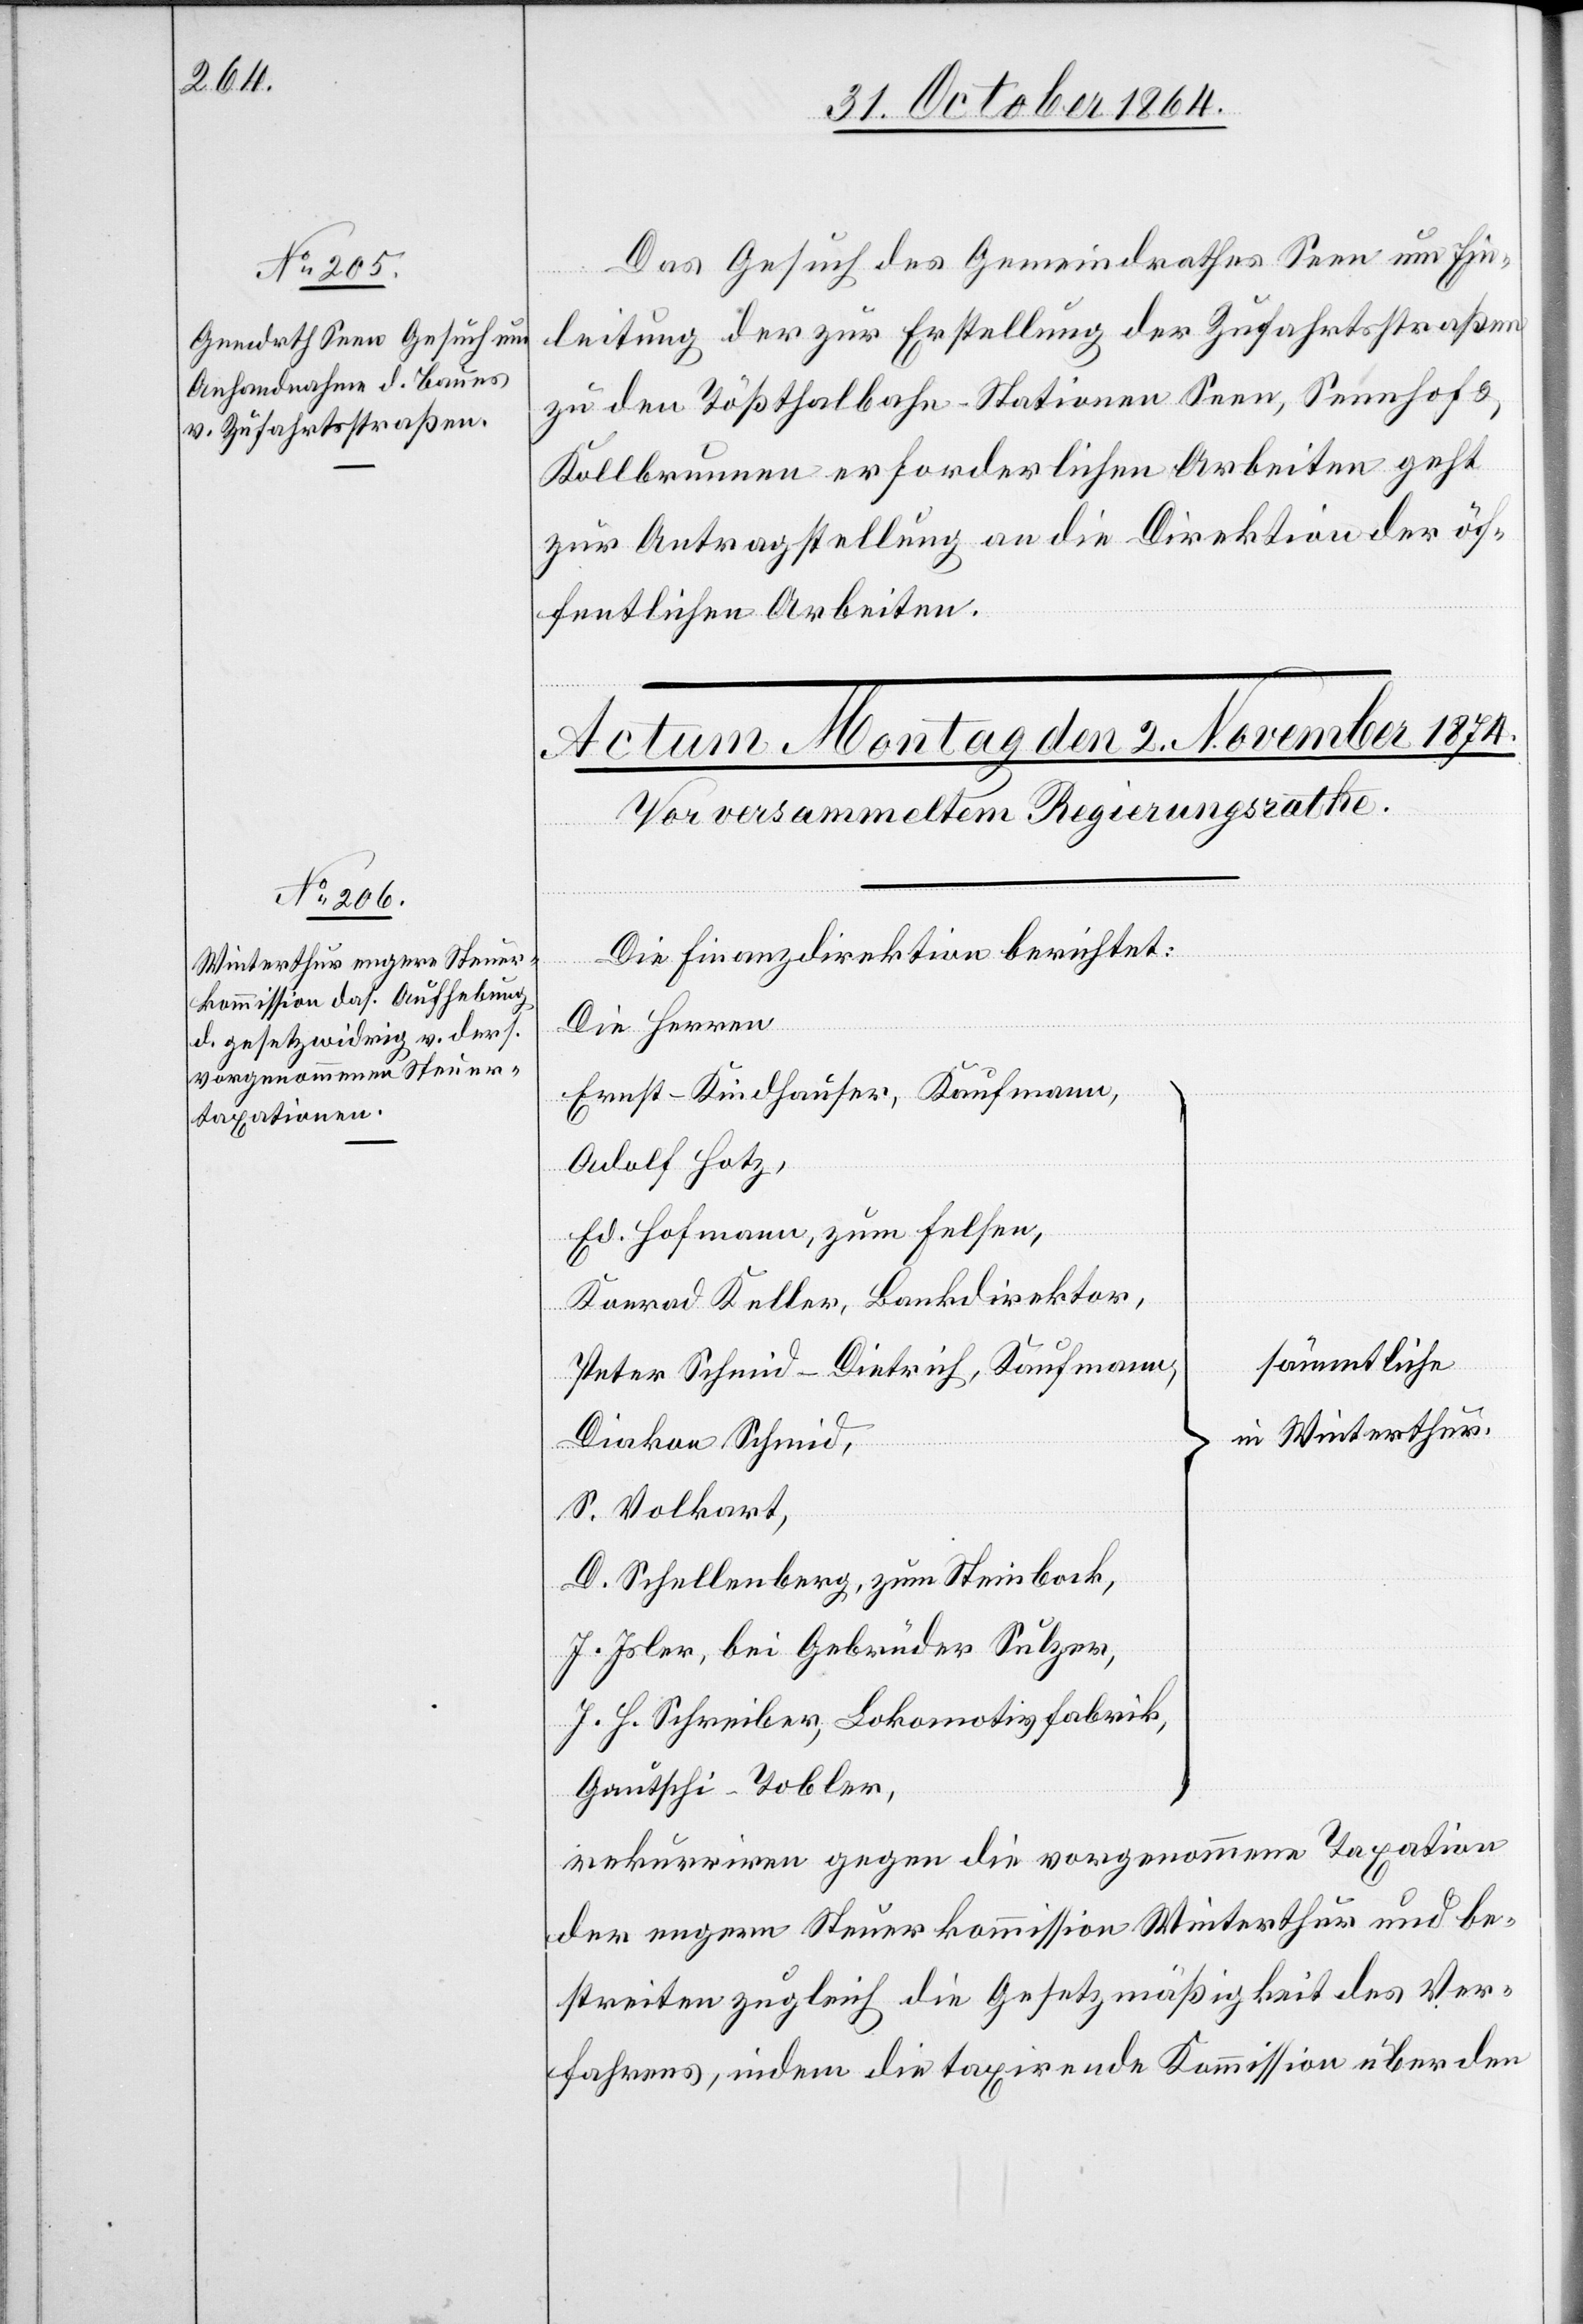
31. October 1874.]
Das Gesuch des Gemeindrathes Seen um Ein¬
leitung der zur Erstellung der Zufahrtsstraßen
zu den Tößthalbahn-Stationen Seen, Seenhof &
Kollbrunnen erforderlichen Arbeiten geht
zur Antragstellung an die Direktion der öf¬
fentlichen Arbeiten.
Die Finanzdirektion berichtet:
Die Herren
Ernst-Kindhauser, Kaufmann,
Adolf Hotz,
Ed. Hofmann, zum Felsen,
Konrad Keller, Bankdirektor,
sämmtliche
Peter Schmid-Dietrich, Kaufmann,
in Winterthur
Diakon Schmid,
S. Volkart,
D. Schellenberg, zum Steinbock,
J. Isler, bei Gebrüder Sulzer,
J. H. Schreiber, Lokomotivfabrik,
Geutschi-Tobler,
rekurriren gegen die vorgenommene Taxation
der engern Steuerkommission Winterthur und be¬
streiten zugleich die Gesetzmäßigkeit des Ver¬
fahrens, indem die taxirende Kommission über den